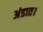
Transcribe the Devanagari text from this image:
अंडात।